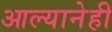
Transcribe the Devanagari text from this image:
आल्यानेही